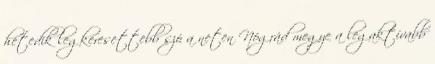
hetedik legkeresettebb szó a neten Nógrád megye a legaktívabb